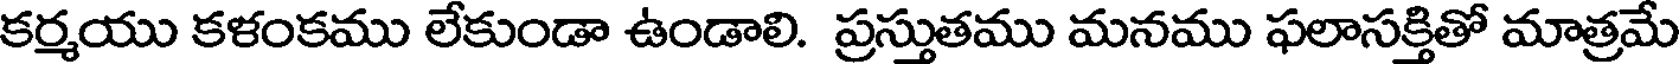
కర్మయు కళంకము లేకుండా ఉండాలి. ప్రస్తుతము మనము ఫలాసక్తితో మాత్రమే